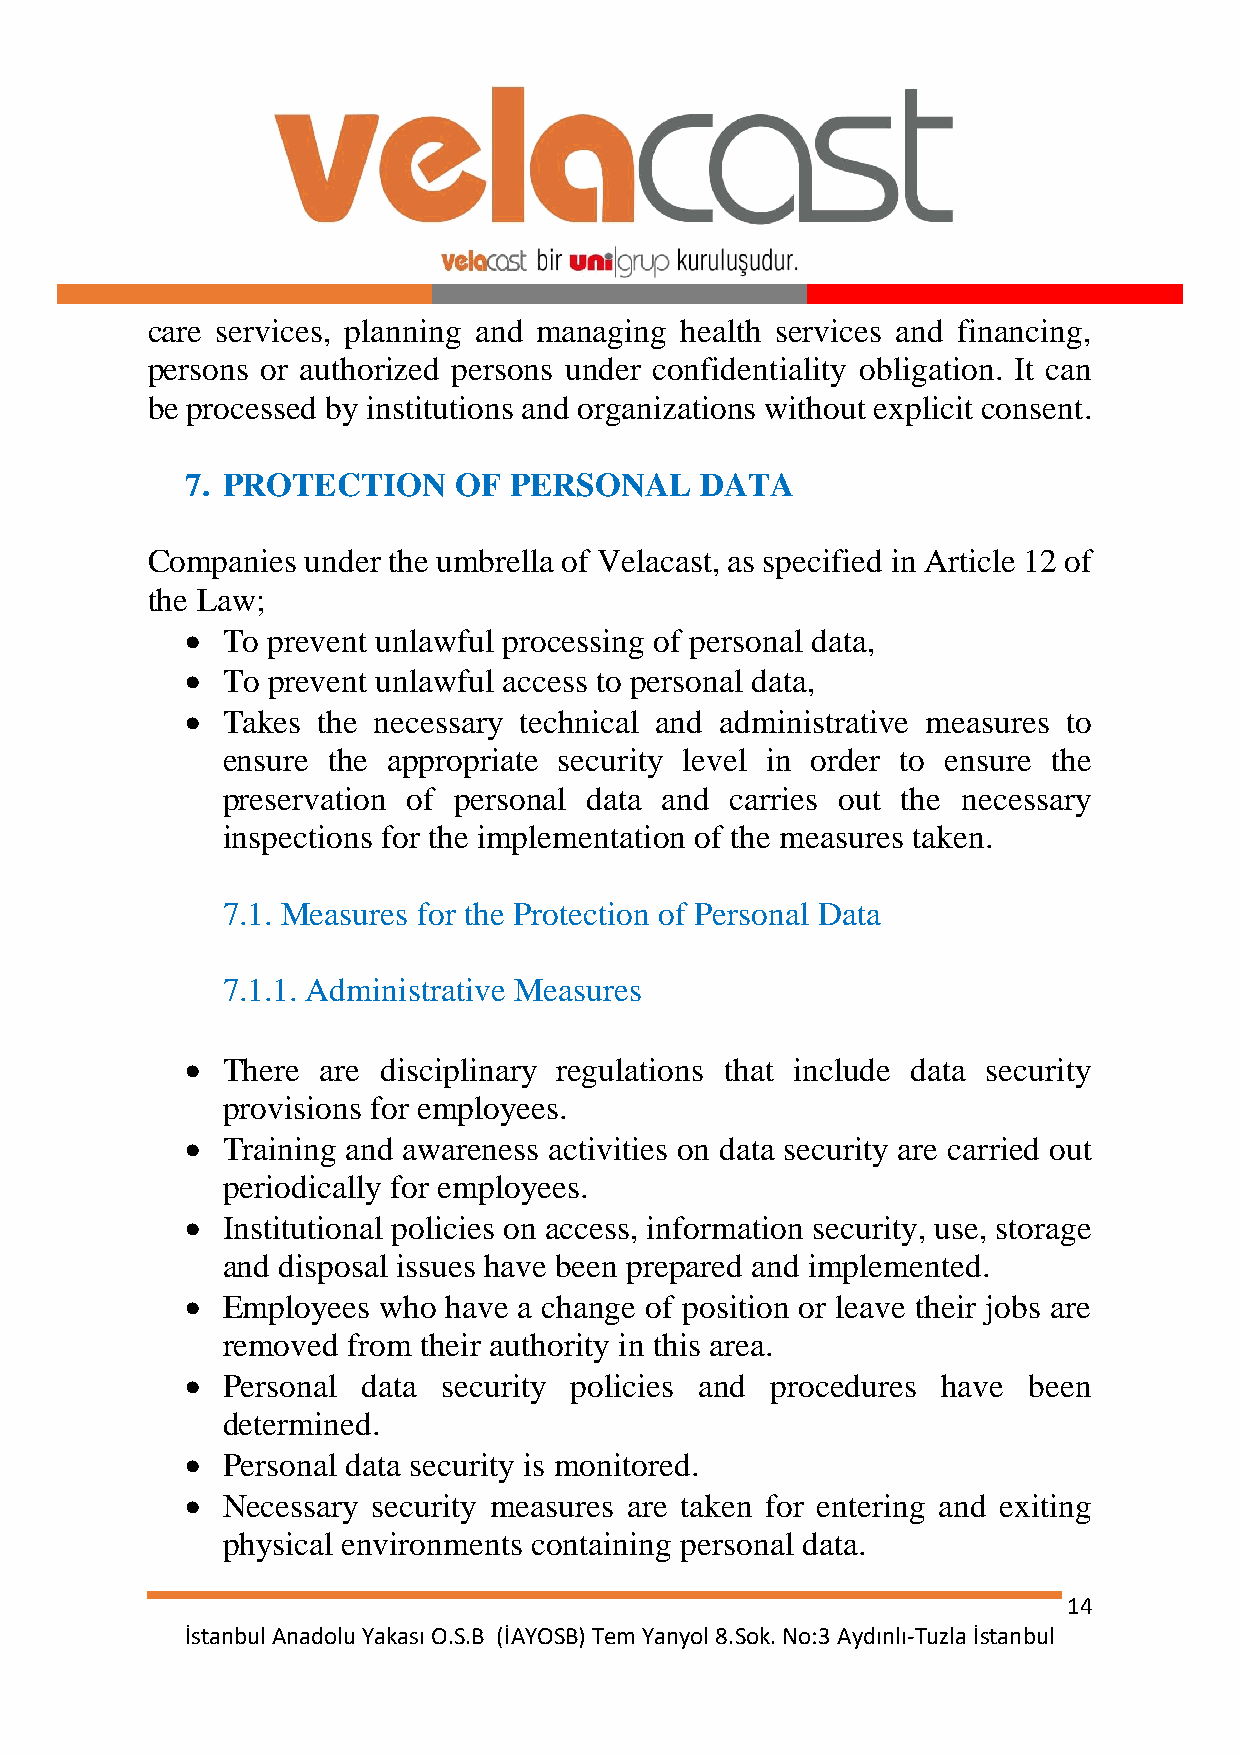
care services, planning and managing health services and financing,
 persons or authorized persons under confidentiality obligation. It can
 be processed by institutions and organizations without explicit consent.
 7. PROTECTION     OF  PERSONAL    DATA
 Companies under the umbrella of Velacast, as specified in Article 12 of
 the Law;
   To prevent unlawful processing of personal data,
   To prevent unlawful access to personal data,
   Takes the necessary technical and administrative measures to
 ensure the appropriate security level in order to ensure the
 preservation of personal data and carries out the necessary
 inspections for the implementation of the measures taken.
 7.1. Measures for the Protection of Personal Data
 7.1.1. Administrative Measures
   There are disciplinary regulations that include data security
 provisions for employees.
   Training and awareness activities on data security are carried out
 periodically for employees.
   Institutional policies on access, information security, use, storage
 and disposal issues have been prepared and implemented.
   Employees who  have a change of position or leave their jobs are
 removed from their authority in this area.
   Personal data security policies and procedures have  been
 determined.
   Personal data security is monitored.
   Necessary security measures are taken for entering and exiting
 physical environments containing personal data.
 14
 İstanbul Anadolu Yakası O.S.B (İAYOSB) Tem Yanyol 8.Sok. No:3 Aydınlı-Tuzla İstanbul